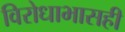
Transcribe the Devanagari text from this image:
विरोधाभासही